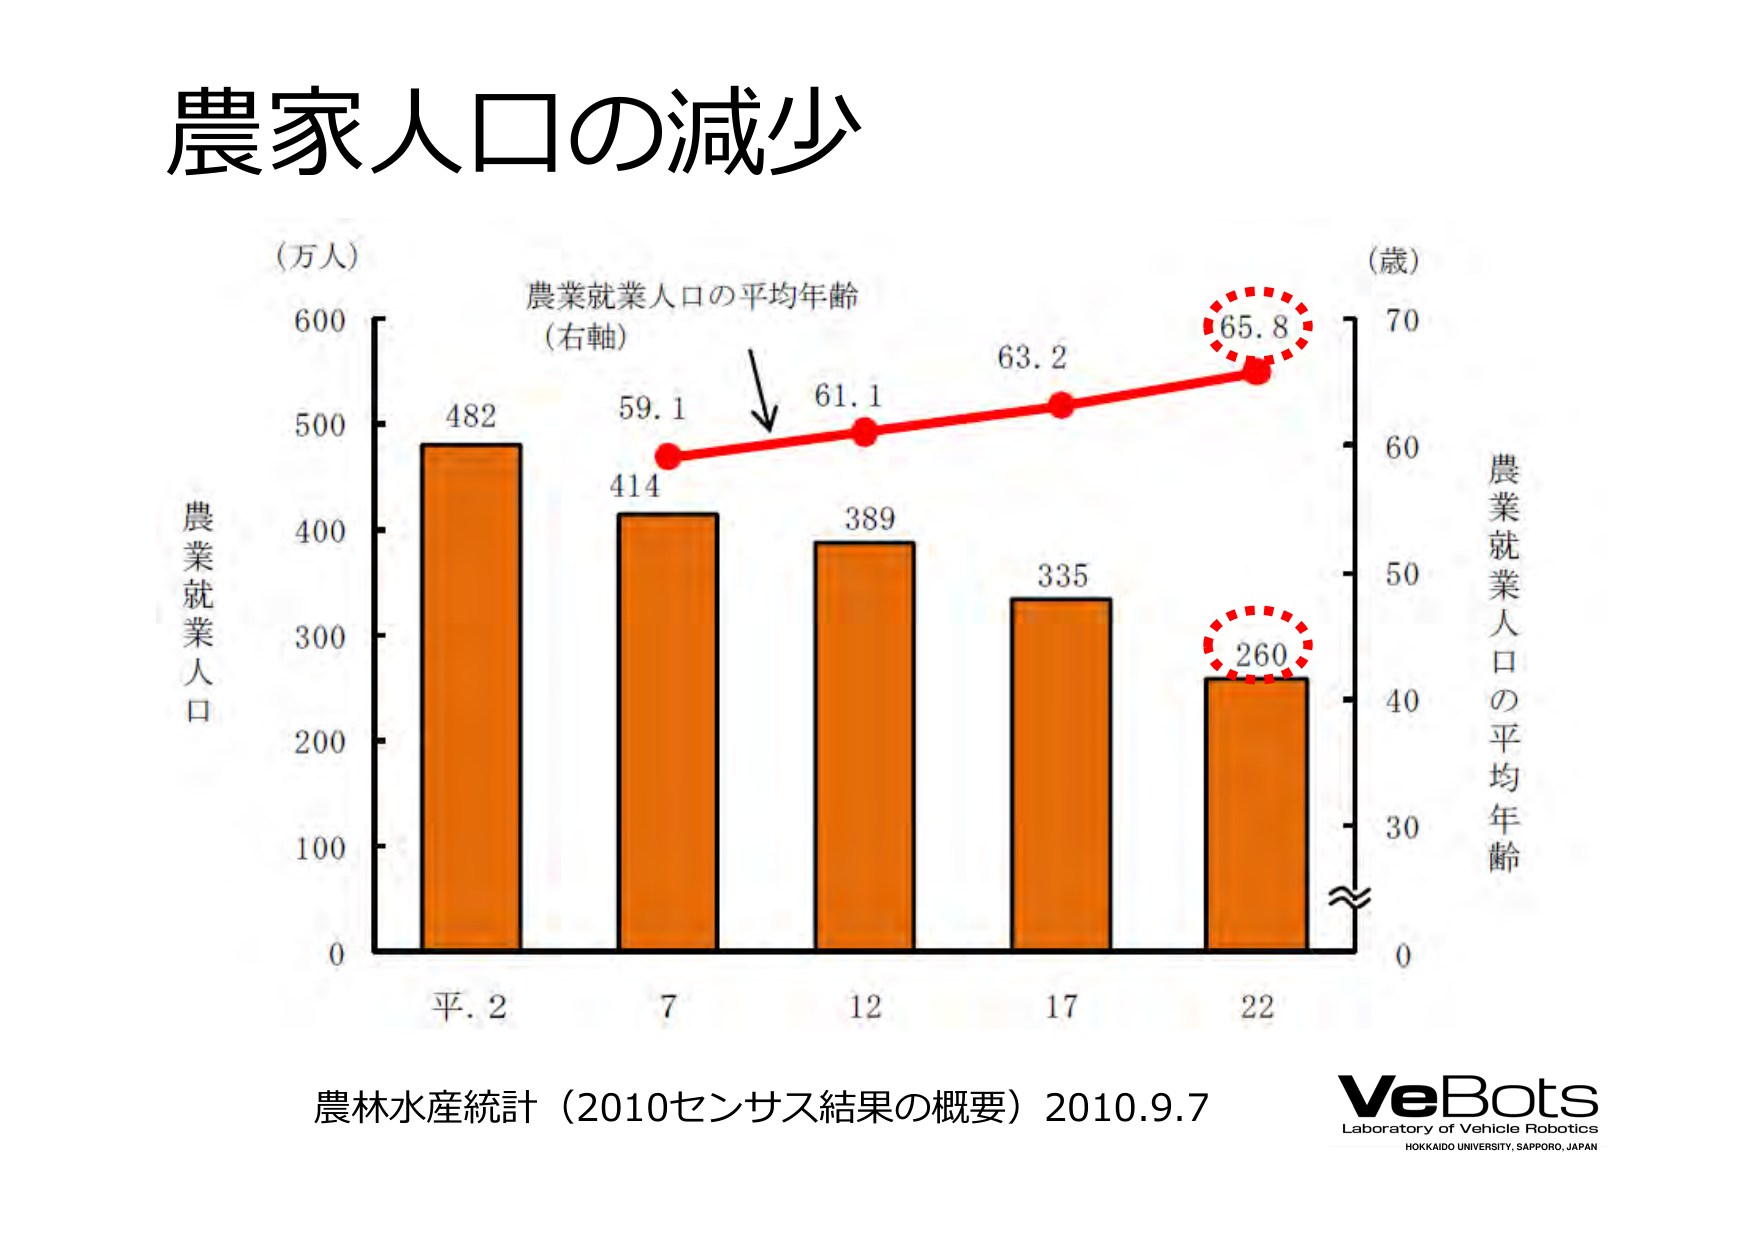
農家人口の減少

(万人)
農業就業人口
600
500
482
414
389
335
260
400
300
200
100
0

平.2
7
12
17
22

農業就業人口の平均年齢
(右軸)
59.1
61.1
63.2
65.8

(歳)
70
60
50
40
30
0

農業就業人口の平均年齢

農林水産統計（2010センサス結果の概要）2010.9.7

VeBots
Laboratory of Vehicle Robotics
HOKKAIDO UNIVERSITY, SAPPORO, JAPAN